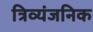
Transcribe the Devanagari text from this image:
त्रिव्यंजनिक